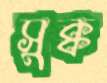
সুক্ক